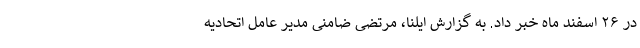
در ۲۶ اسفند ماه خبر داد. به گزارش ایلنا، مرتضی ضامنی مدیر عامل اتحادیه